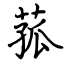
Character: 菰